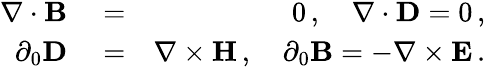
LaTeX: \begin{array}{rlr}{\nabla\cdot{\mathbf B}}&{{}=}&{0\, ,\quad\nabla\cdot{\mathbf D}=0\, ,}\\ {\partial_{0}{\mathbf D}}&{{}=}&{\nabla\times{\mathbf H}\, ,\quad\partial_{0}{\mathbf B}=-\nabla\times{\mathbf E}\, .}\end{array}